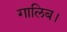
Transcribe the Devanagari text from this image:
गालिब।